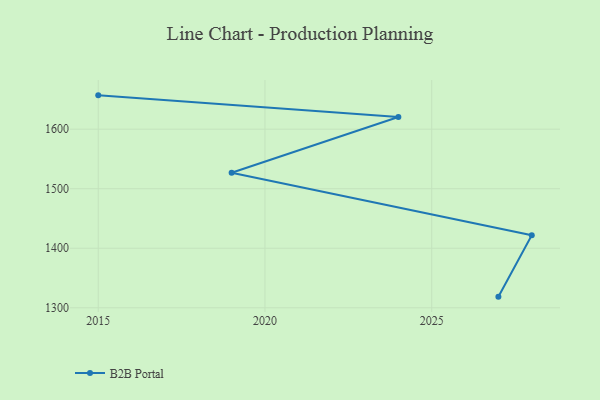
{"axis": {"x": "Year", "y": "Market Share (%)"}, "legend": ["B2B Portal"], "data": [{"x": "2015", "y": 1656.8, "type": "B2B Portal"}, {"x": "2024", "y": 1620.5, "type": "B2B Portal"}, {"x": "2019", "y": 1526.9, "type": "B2B Portal"}, {"x": "2028", "y": 1421.8, "type": "B2B Portal"}, {"x": "2027", "y": 1318.7, "type": "B2B Portal"}]}